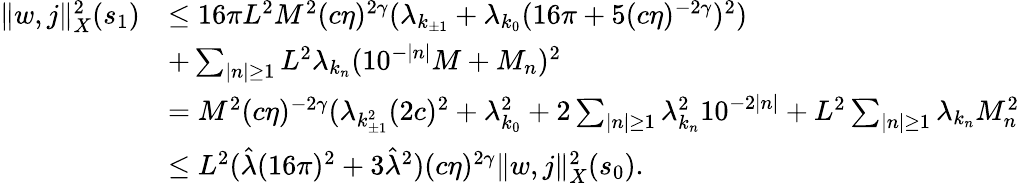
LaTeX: \begin{array}{rl}{\Vert w,j\Vert_{X}^{2}(s_{1})}&{\le 16\pi L^{2}M^{2}(c\eta)^{2\gamma}(\lambda_{k_{\pm 1}}+\lambda_{k_{0}}(16\pi+5(c\eta)^{-2\gamma})^{2})}\\ &{+\sum_{\vert n\vert\ge 1}L^{2}\lambda_{{k_{n}}}(10^{-\vert n\vert}M+M_{n})^{2}}\\ &{=M^{2}(c\eta)^{-2\gamma}(\lambda_{k_{\pm 1}^{2}}(2c)^{2}+\lambda_{k_{0}}^{2}+2\sum_{\vert n\vert\ge 1}\lambda_{{k_{n}}}^{2}10^{-2\vert n\vert}+L^{2}\sum_{\vert n\vert\ge 1}\lambda_{{k_{n}}}M_{n}^{2}}\\ &{\le L^{2}(\hat{\lambda}(16\pi)^{2}+3\hat{\lambda}^{2})(c\eta)^{2\gamma}\Vert w,j\Vert_{X}^{2}(s_{0}).}\end{array}